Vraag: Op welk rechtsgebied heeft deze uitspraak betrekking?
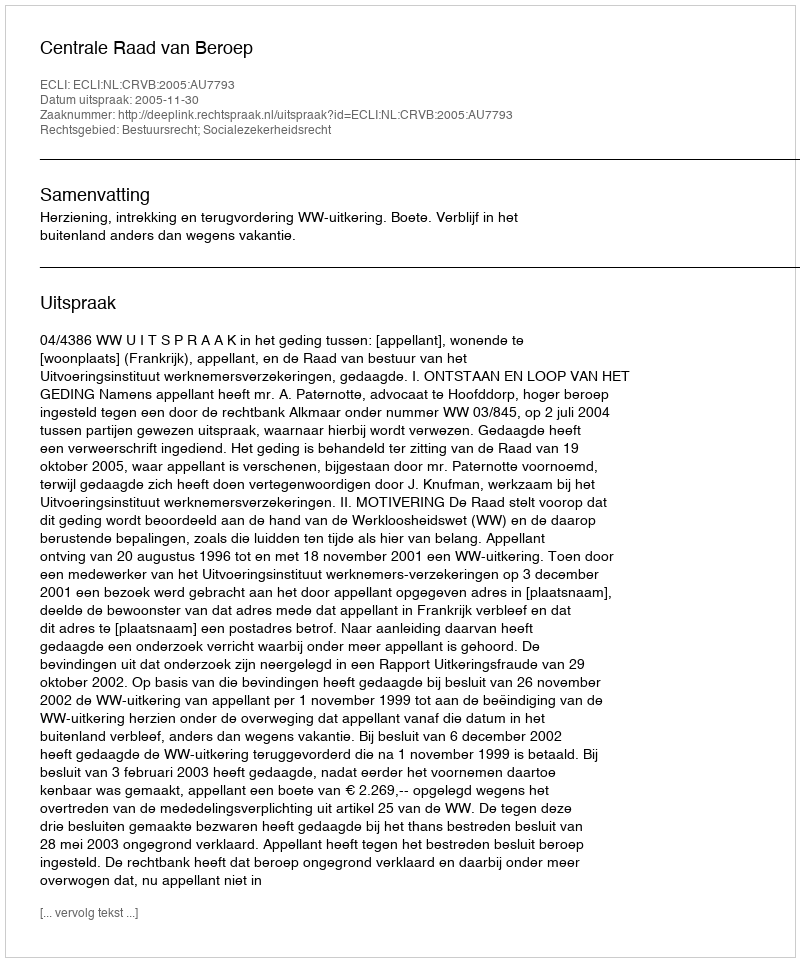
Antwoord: Bestuursrecht; Socialezekerheidsrecht